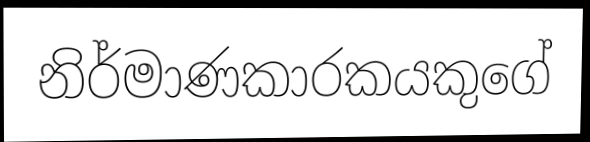
නිර්මාණකාරකයකුගේ